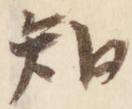
知